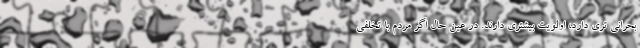
بحرانی تری دارد، اولویت بیشتری دارند. در عین حال اگر مردم با تخلفی